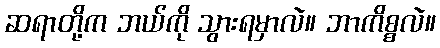
ဆရာတို့က ဘယ်ကို သွားရမှာလဲ။ ဘာကိစ္စလဲ။